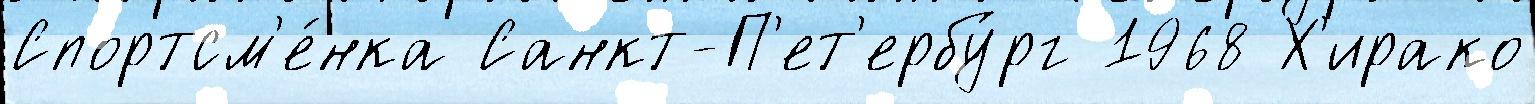
Спортсм'е́нка Санкт-П'ет'ербу́рг 1968 Х'ирако